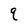
Character: q